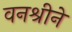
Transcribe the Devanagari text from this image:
वनश्रीने